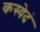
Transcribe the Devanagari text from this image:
कस्येदं